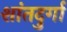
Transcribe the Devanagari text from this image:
शांतदुर्गा